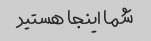
شما اینجا هستید